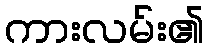
ကားလမ်း၏